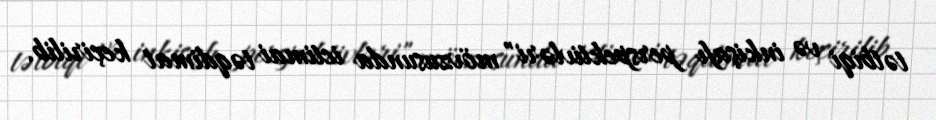
tətbiqi və inkişafı perspektivləri" mövzusunda ictimai təqdimat keçirilib.